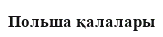
Польша қалалары